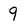
Character: 9